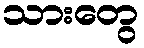
သားတွေ